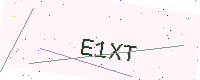
Text: E1XT